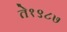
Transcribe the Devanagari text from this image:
ते१९८७